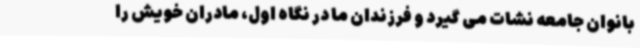
بانوان جامعه نشات می گیرد و فرزندان ما در نگاه اول، مادران خویش را